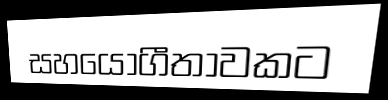
සහයෝගීතාවකට